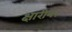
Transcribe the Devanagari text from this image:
क्षारीय।